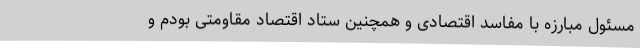
مسئول مبارزه با مفاسد اقتصادی و همچنین ستاد اقتصاد مقاومتی بودم و